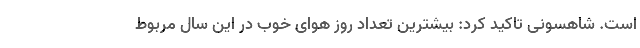
است. شاهسونی تاکید کرد: بیشترین تعداد روز هوای خوب در این سال مربوط